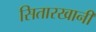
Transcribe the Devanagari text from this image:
सितारखानी